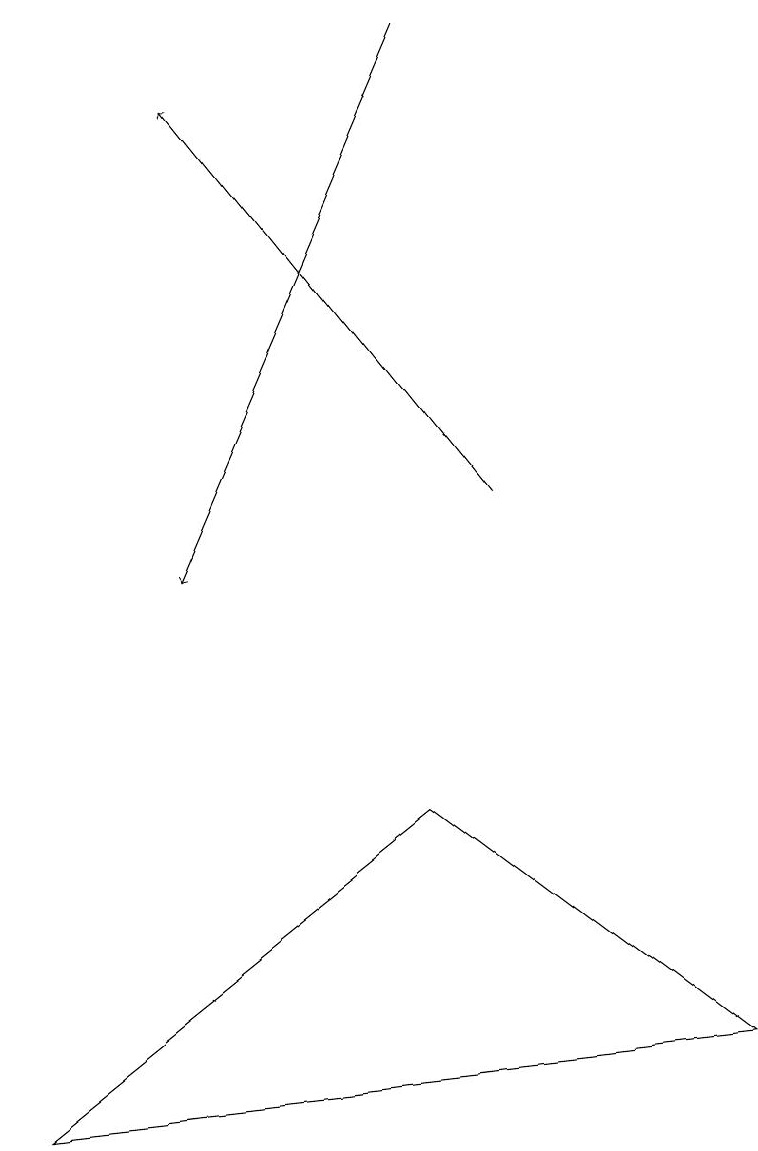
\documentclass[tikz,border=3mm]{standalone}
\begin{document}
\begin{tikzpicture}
\draw[->] (5,19) -- (2,12);
\draw (5,9) -- (9,6) -- (0,5) -- cycle;
\draw[->] (6,13) -- (2,18);
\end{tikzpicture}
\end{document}